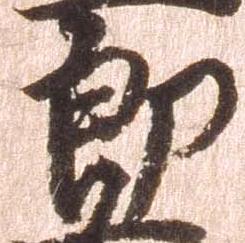
郎